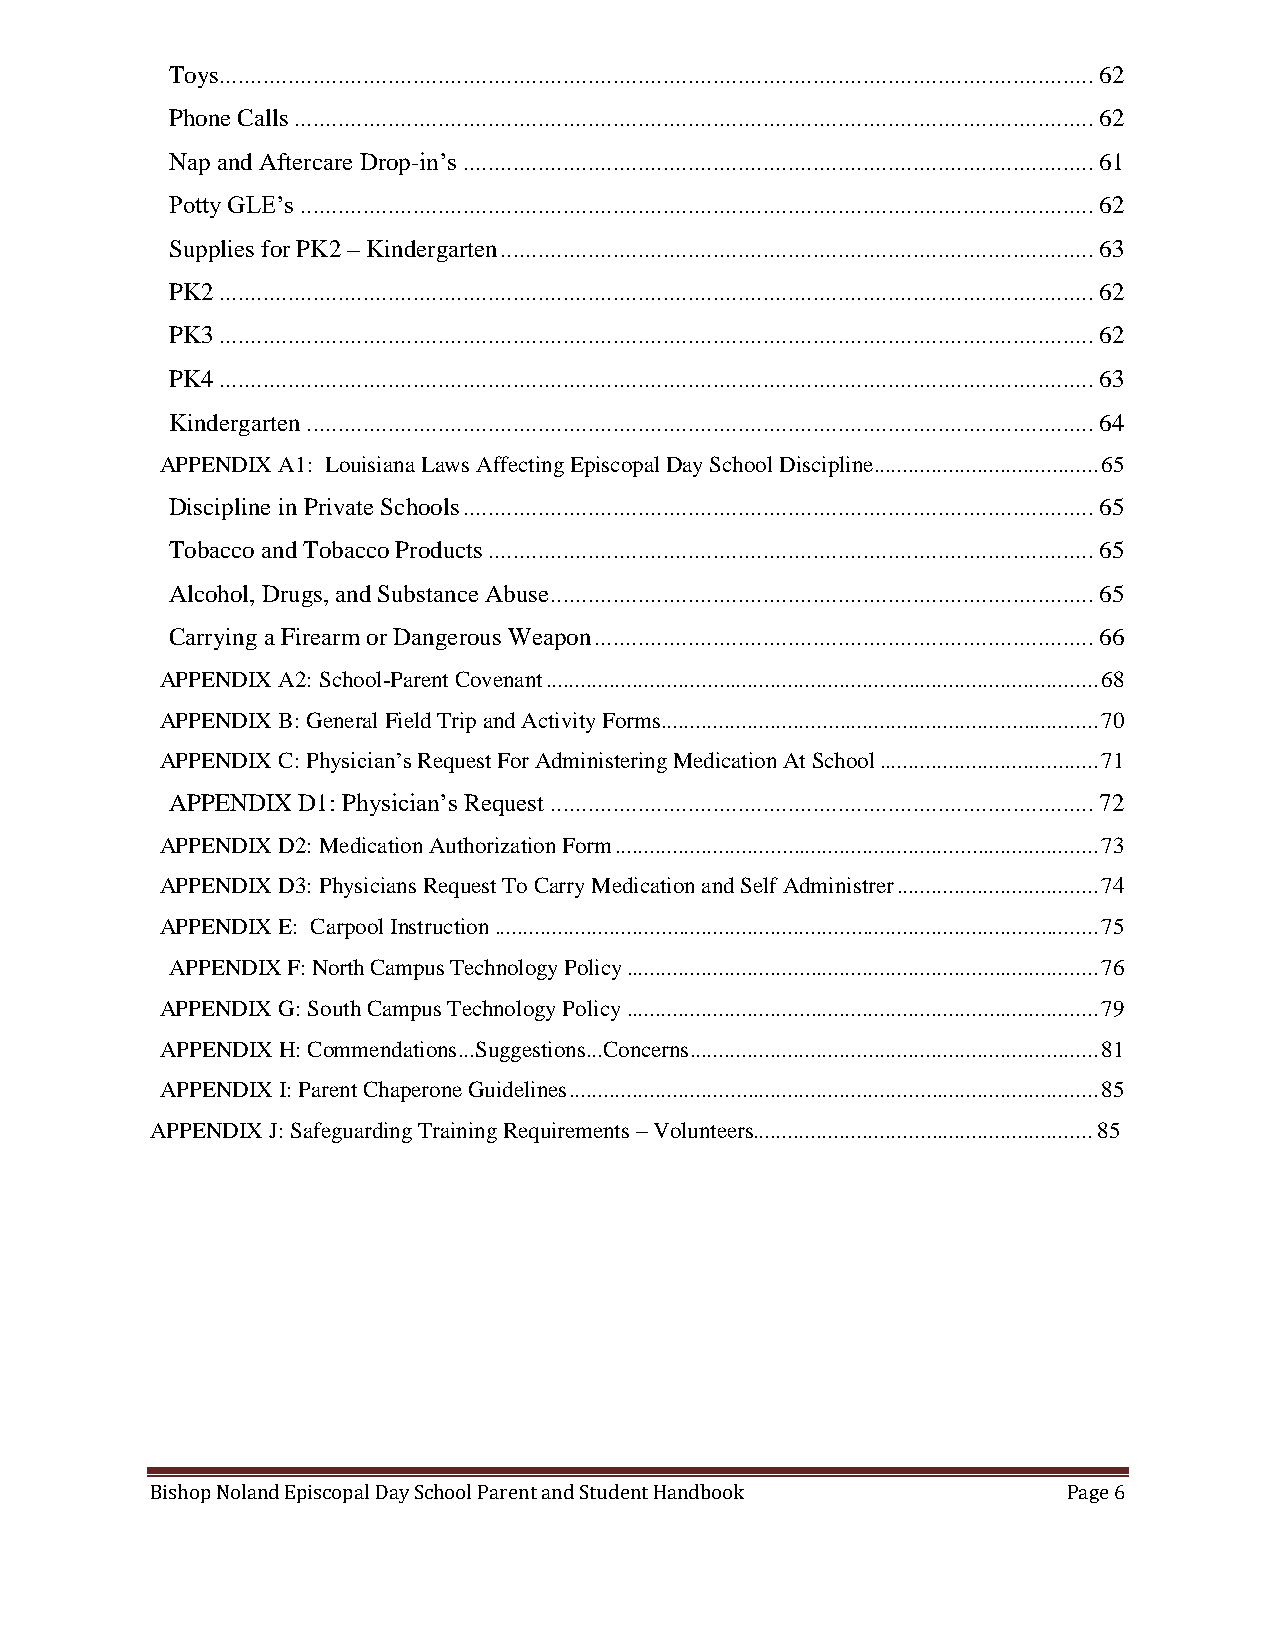
Toys............................................................................................................................................ 62
 Phone Calls ................................................................................................................................ 62
 Nap and Aftercare Drop-in’s ..................................................................................................... 61
 Potty GLE’s ............................................................................................................................... 62
 Supplies for PK2 – Kindergarten ............................................................................................... 63
 PK2 ............................................................................................................................................ 62
 PK3 ............................................................................................................................................ 62
 PK4 ............................................................................................................................................ 63
 Kindergarten .............................................................................................................................. 64
 APPENDIX A1: Louisiana Laws Affecting Episcopal Day School Discipline ....................................... 65
 Discipline in Private Schools ..................................................................................................... 65
 Tobacco and Tobacco Products ................................................................................................. 65
 Alcohol, Drugs, and Substance Abuse ....................................................................................... 65
 Carrying a Firearm or Dangerous Weapon ................................................................................ 66
 APPENDIX A2: School-Parent Covenant ................................................................................................ 68
 APPENDIX B: General Field Trip and Activity Forms ............................................................................ 70
 APPENDIX C: Physician’s Request For Administering Medication At School ...................................... 71
 APPENDIX D1: Physician’s Request ....................................................................................... 72
 APPENDIX D2: Medication Authorization Form .................................................................................... 73
 APPENDIX D3: Physicians Request To Carry Medication and Self Administrer ................................... 74
 APPENDIX E: Carpool Instruction ......................................................................................................... 75
 APPENDIX F: North Campus Technology Policy .................................................................................. 76
 APPENDIX G: South Campus Technology Policy .................................................................................. 79
 APPENDIX H: Commendations...Suggestions...Concerns ....................................................................... 81
 APPENDIX I: Parent Chaperone Guidelines ............................................................................................ 85
 APPENDIX J: Safeguarding Training Requirements – Volunteers........................................................... 85
 Bishop Noland Episcopal Day School Parent and Student Handbook Page 6